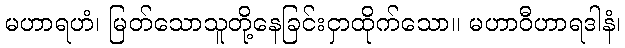
မဟာရဟံ၊ မြတ်သောသူတို့နေခြင်းငှာထိုက်သော။ မဟာဝီဟာရဒါနံ၊